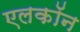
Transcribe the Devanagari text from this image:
एलकॉन